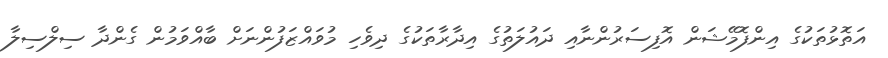
އަތޮޅުތަކުގެ އިންފޮމޭޝަން އޮފިސަރުންނާއި ދައުލަތުގެ އިދާރާތަކުގެ ދިވެހި މުވައްޒަފުންނަށް ބާއްވަމުން ގެންދާ ސިލްސިލާ